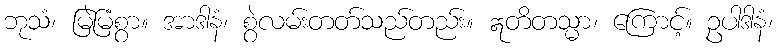
ဘုသံ၊ မြဲမြံစွာ။ အာဒါနံ၊ စွဲလမ်းတတ်သည်တည်း။ ဣတိတသ္မာ၊ ကြောင့်။ ဥပါဒါနံ၊